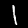
Digit: 1